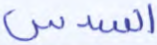
السدس